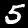
Digit: 5